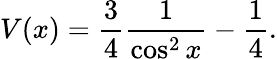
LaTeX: V(x)=\frac{3}{4}\frac{1}{\cos^{2}x}-\frac{1}{4}.